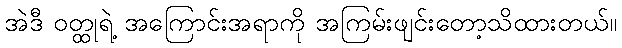
အဲဒီ ဝတ္ထုရဲ့ အကြောင်းအရာကို အကြမ်းဖျင်းတော့သိထားတယ်။